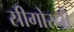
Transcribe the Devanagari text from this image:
सीगोरनी